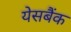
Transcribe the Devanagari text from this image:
येसबैंक